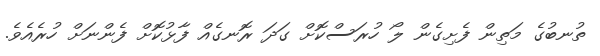
ތުނބުގެ މަތިން ފެށިގެން ލޯ ހުރަސްކޮށް ގަދަ ރޮނގެއް ފާޅުކޮށް ފެންނަށް ހުރެއެވެ.